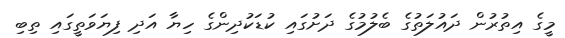
މީގެ އިތުރުން ދައުލަތުގެ ބެލުމުގެ ދަށުގައި ކުޑަކުދިންގެ ހިޔާ އަދި ފިޔަވަތީގައި ތިބި